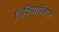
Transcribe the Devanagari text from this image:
तिथिपारिजात